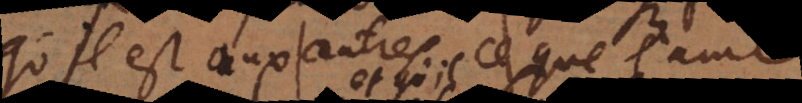
qu’il est aux autres ce que l’ame